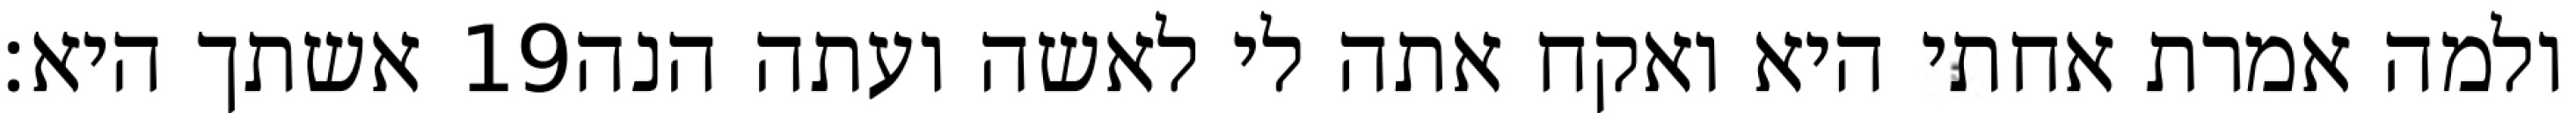
אשתך היא׃ ‎19‏ ולמה אמרת אחתי היא ואקח אתה לי לאשה ועתה הנה